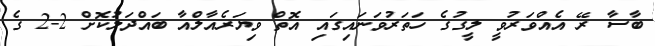
ބާސާ ރޭ އެއްވަރުވީ ލީގުގެ ހަތަރުވަނައިގައި އޮތް ވިޔަރެއާލްއާ ބައްދަލުކޮށް 2-2 ގެ